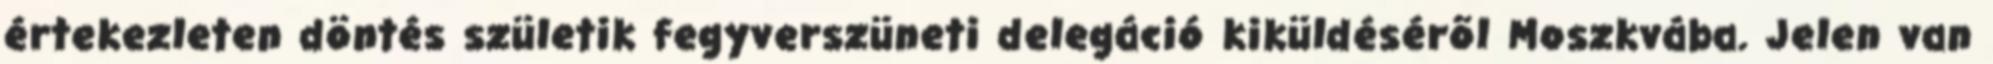
értekezleten döntés születik fegyverszüneti delegáció kiküldésérõl Moszkvába. Jelen van